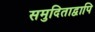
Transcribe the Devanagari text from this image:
समुदिताद्वापि